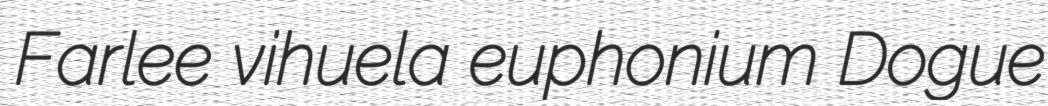
Farlee vihuela euphonium Dogue